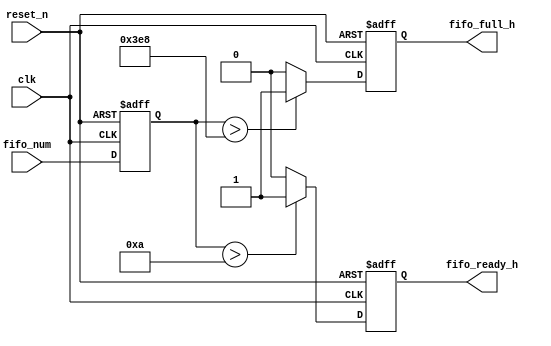
module CheckFifoFull(
						input clk,
						input reset_n,
						
						input [10 : 0] fifo_num,
						
						output reg fifo_full_h,
						output reg fifo_ready_h
);
	reg [10 : 0] fifo_num_reg;
	always @ (posedge clk or negedge reset_n)
	begin
		if (!reset_n)
			fifo_num_reg <= 11'd0;
		else
			fifo_num_reg <= fifo_num;
	end 
	
	parameter [10 : 0] max_num = 11'd1000;
	parameter [10 : 0] min_num = 11'd10;
	always @ (posedge clk or negedge reset_n)
	begin
		if (!reset_n)
			fifo_full_h <= 1'b0;
		else if (fifo_num_reg > max_num)
			fifo_full_h <= 1'b1;
		else
			fifo_full_h <= 1'b0;
	end 
	
	always @ (posedge clk or negedge reset_n)
	begin
		if (!reset_n)
			fifo_ready_h <= 1'b0;
		else if (fifo_num_reg > min_num)
			fifo_ready_h <= 1'b1;
		else
			fifo_ready_h <= 1'b0;
	end 
	
endmodule